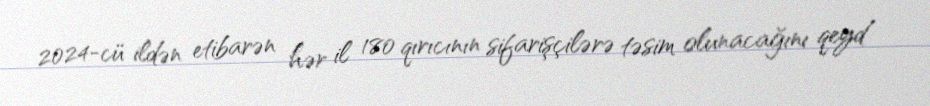
2024-cü ildən etibarən hər il 180 qırıcının sifarişçilərə təsim olunacağını qeyd